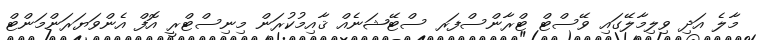
މާލެ އަދި ވިލިމާލޭގައި ވޭސްޓް ޓްރާންސްފަރ ސްޓޭޝަނެއް ޤާއިމުކުރަން މިނިސްޓްރީ އޮފް އެންވަޔަރަންމަންޓް